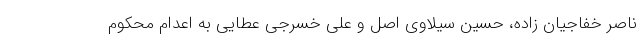
ناصر خفاجیان زاده، حسین سیلاوی اصل و علی خسرجی عطایی به اعدام محکوم